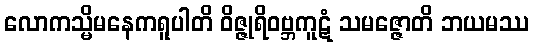
လောကသ္မိမနေကရူပါတိ ဝိဇ္ဇုရိဝဗ္ဘကူဋံ သမဇ္ဇောတိ ဘယမဿ